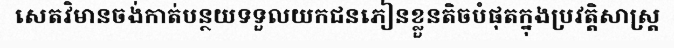
សេតវិមានចង់កាត់បន្ថយទទួលយកជនភៀនខ្លួនតិចបំផុតក្នុងប្រវត្តិសាស្ត្រ